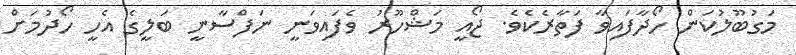
މަގުބޫލުކަން ހޯދާފައިވާ ފަތާރެކެވެ. ޖޯއީ މަޝްހޫރު ވެފައިވަނީ ނަފްސާނީ ބަލީގެ އެހީ ހޯދުމަށް